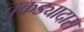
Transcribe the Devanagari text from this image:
तुकड्यादास